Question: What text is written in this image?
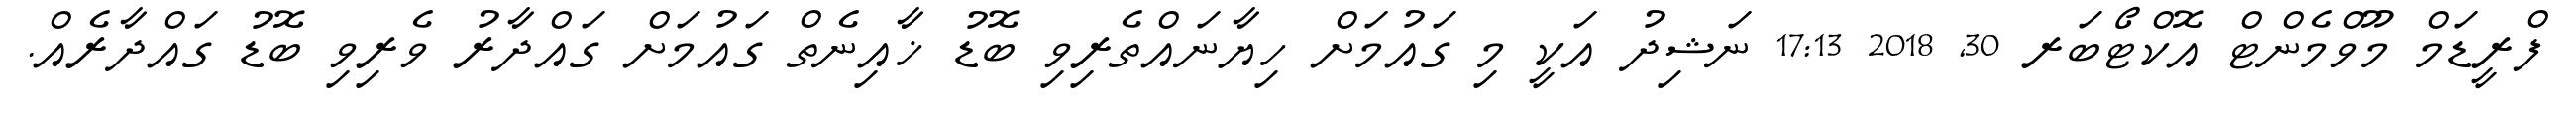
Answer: ފްރީޑަމް މޫވްމެންޓް އޮކްޓޯބަރ 30, 2018 17:13 ނަޝިދު އަކީ މި ގައުމަށް ހިޔާނައްތެރިވި ބޮޑު ޚާއިނެތް ގައުމަށް ގައްދާރު ވެރިވި ބޮޑު ގައްދާރެއް.